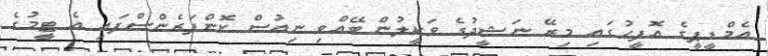
އެމްޑީޕީގެ އޮފީހުގައި މިރޭ ނަޝީދުގެ ވަކީލުން ބޭއްވި ނިއުސް ކޮންފަރެންސްފައި އެ ޓީމުގެ